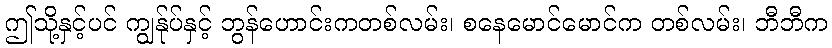
ဤသို့နှင့်ပင် ကျွန်ုပ်နှင့် ဘွန်ဟောင်းကတစ်လမ်း၊ စနေမောင်မောင်က တစ်လမ်း၊ ဘီဘီက